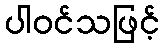
ပါဝင်သဖြင့်